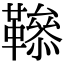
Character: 𩍑